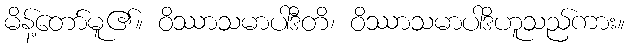
မိန့်တော်မူ၏။ ဝိဿာသမာပါဒီတိ၊ ဝိဿာသမာပါဒိဟူသည်ကား။